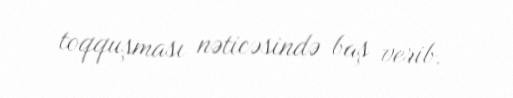
toqquşması nəticəsində baş verib.